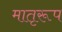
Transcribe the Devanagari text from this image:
मातृरूप